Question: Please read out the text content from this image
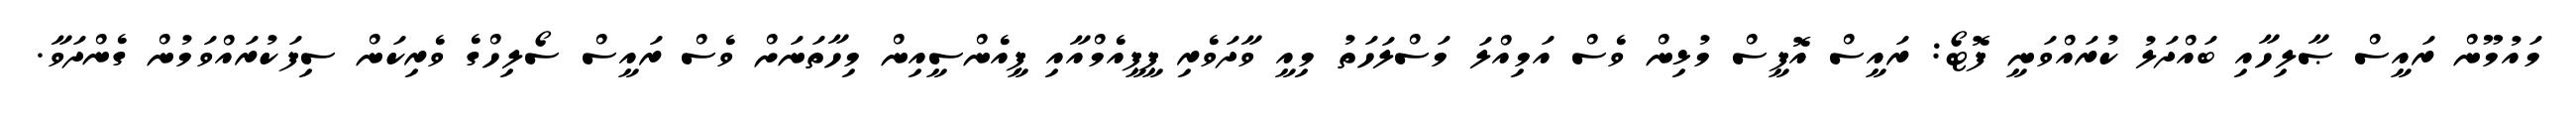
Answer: މައުމޫން ރައީސް ޞާލިހާއި ބައްދަލު ކުރައްވަނީ ފޮޓޯ: ރައީސް އޮފީސް މުޅިން ވެސް އަމިއްލަ މަސްލަހަތު މިއީ ވާދަވެރި ޕީޕީއެމްއާއި ޕީއެންސީއިން މިހާތަނަށް ވެސް ރައީސް ސޯލިހްގެ ވެރިކަން ސިފަކުރައްވަމުން ގެންދަވާ.